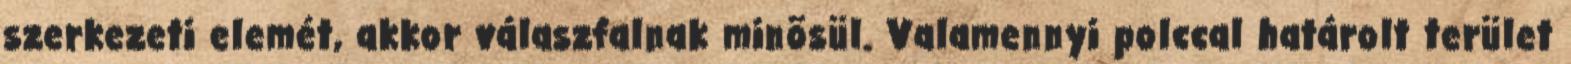
szerkezeti elemét, akkor válaszfalnak minõsül. Valamennyi polccal határolt terület